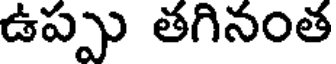
ఉప్పు తగినంత